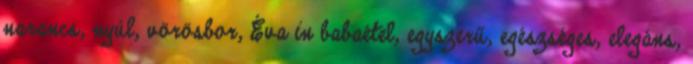
narancs, nyúl, vörösbor, Éva in babaétel, egyszerű, egészséges, elegáns,